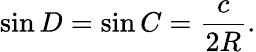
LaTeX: \sin D=\sin C={\frac{c}{2R}}.